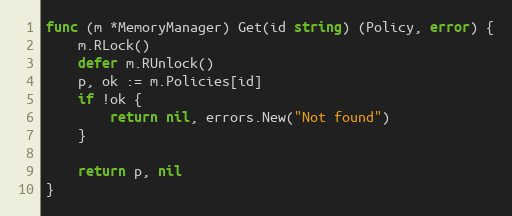
Language: Go
func (m *MemoryManager) Get(id string) (Policy, error) {
	m.RLock()
	defer m.RUnlock()
	p, ok := m.Policies[id]
	if !ok {
		return nil, errors.New("Not found")
	}

	return p, nil
}